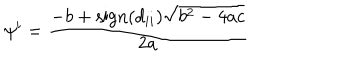
\psi ^ { i } = \frac { - b + \mathrm { s i g n } ( d _ { i i } ) \sqrt { b ^ { 2 } - 4 a c } } { 2 a }